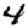
Digit: 4